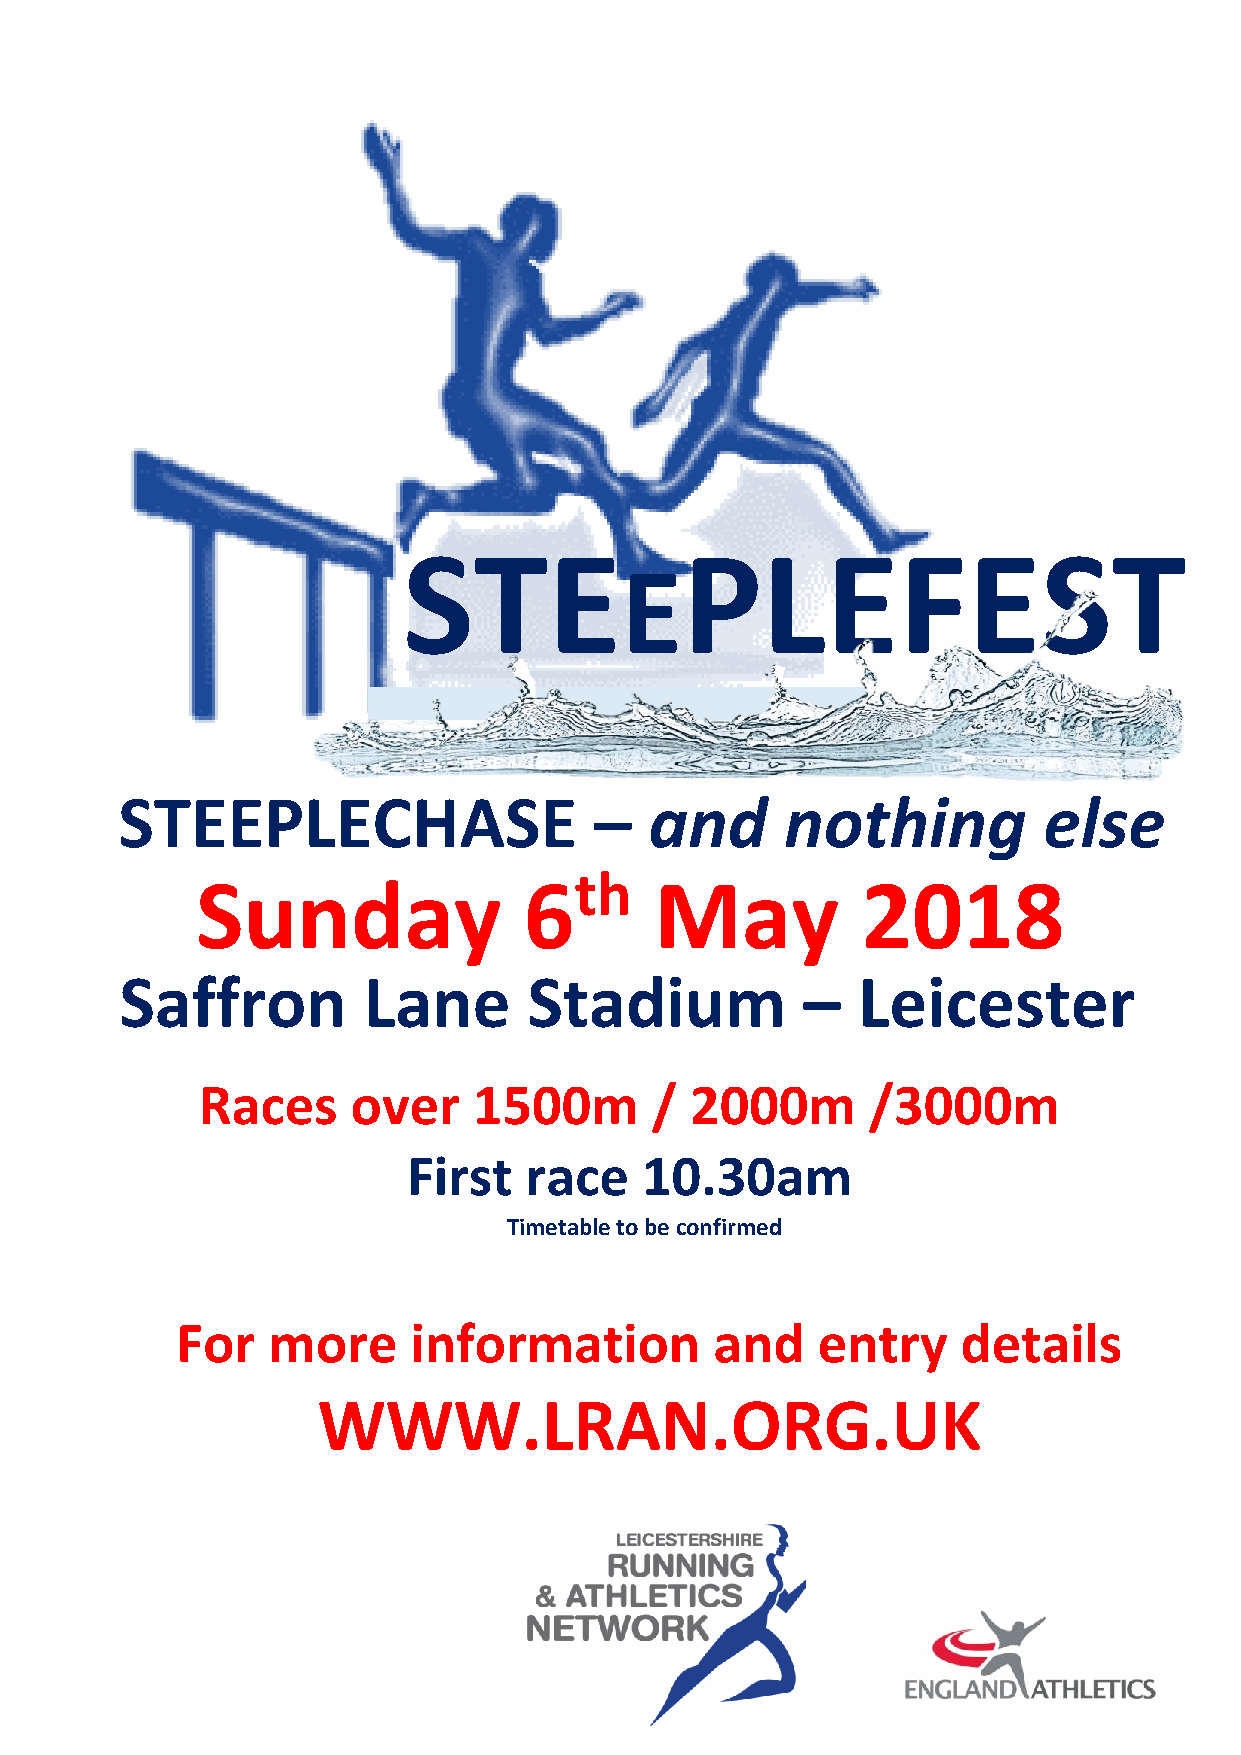
STE               PLEFEST
 E
 STEEPLECHASE                   –   and      nothing          else
 th
 Sunday                6       May           2018
 Saffron         Lane       Stadium           –   Leicester
 Races     over    1500m       /  2000m      /3000m
 First   race   10.30am
 Timetable to be confirmed
 For   more     information         and    entry     details
 WWW.LRAN.ORG.UK